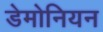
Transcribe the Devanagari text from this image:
डेमोनियन